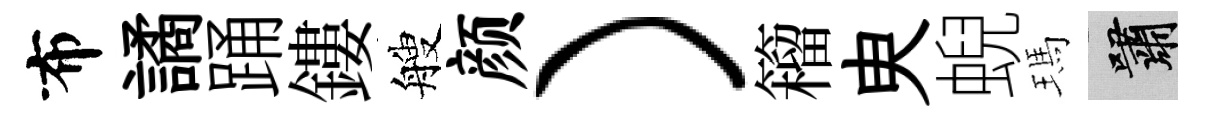
布譎踊鏤艘颜）籕㬰蜺瑪嘯